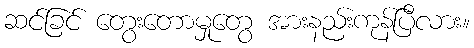
ဆင်ခြင် တွေးတောမှုတွေ အားနည်းကုန်ပြီလား။